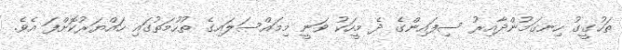
ތަހުގީގު ހިނގަމުންދާއިރު ސިފައިންގެ ދެ މީހަކު ވަނީ މިމައްސަލައިގެ ތުހުމަތުގައި ހައްޔަރުކޮށްފަ އެވެ.